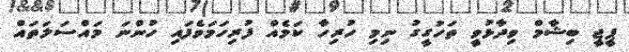
ޕީޖީ ބިޝާމް ވިދާޅުވީ ތަހުގީގު ނިމި ހުރިހާ ކަމެއް ފުރިހަމަވެފައި ހުންނަ މައްސަލަތައް